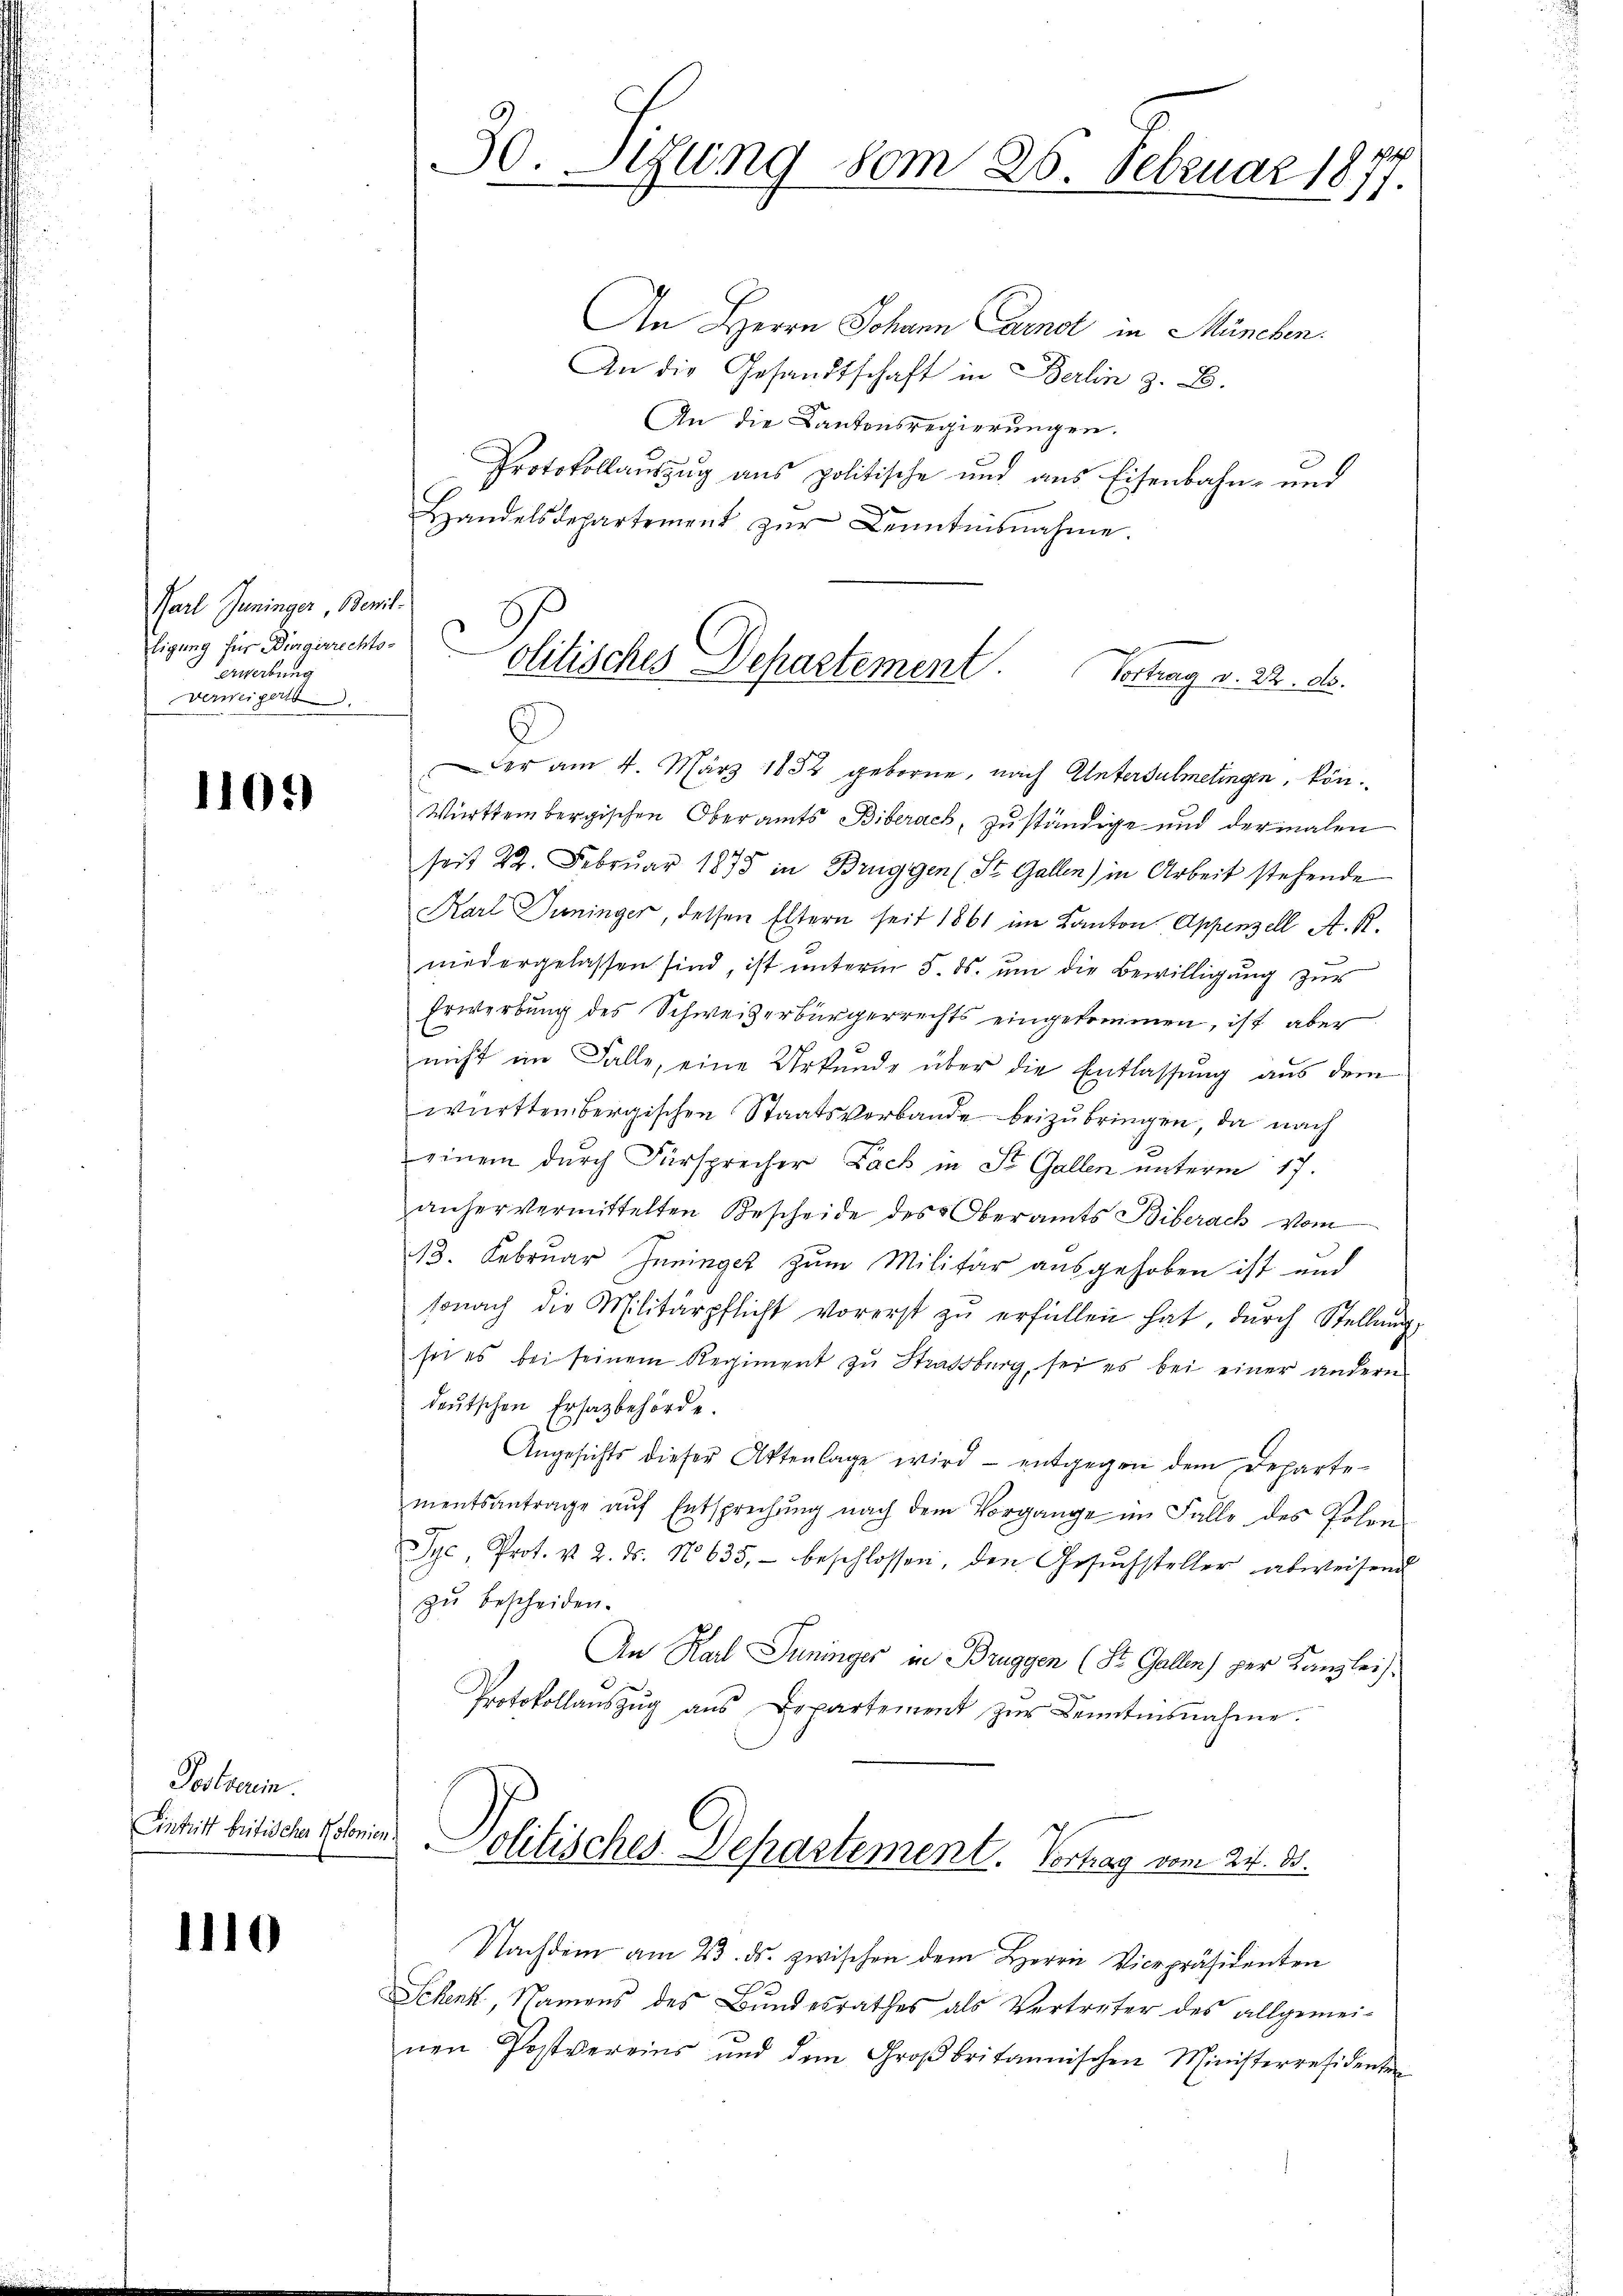
Parl Juninger, Bewilligung für Bürgerrechts-
Erwerbung
Verweigert.

1101)

Postgerin.
Eintritt britischer Notor

1110

30. Sizung vom 26. Februar 1877.

olitisches Departement.
Vortrag v. 22. ds.

An Herrn Johann Carnot in München.
An die Gesandtschaft in Berlin z. B.
An die Kantonsregierungen.
Protokollauszug aus politische und aus Eisenbahn- und
Handelsdepartement zŭr Kenntnisnahme.
e
er am 4. März 1882 geborne, nach Untersulmetingen, kön¬
Württembergischen Oberamts Biberach, zuständige und dermalen
seit 22. Februar 1875 in Bruggen (St. Gallen) in Arbeit stehende
Karl Juninger, dessen Eltern seit 1861 im Kanton Appenzell A. R.
niedergelassen sind, ist unterm 5. ds. ŭm die Bewilligung zur
Erwerbung des Schweizerbürgerrechts eingekommen, ist aber
nicht im Falle, eine Urkunde über die Entlassung aus dem
württembergischen Staatsverbande beizubringen, da nach
einem durch Fürsprecher Fach in St. Gallen unterm 17.
anher vermittelten Bescheide des Oberamts Biberach vom
13. Februar Juninger zum Militär ausgehoben ist und
sonach die Militärpflicht vorerst zŭ erfüllen hat, dŭrch Stellung
sei es bei seinem Regiment zu Strassburg, sei es bei einer andern
deŭtschen Ersatzbehörde.
Angesichts dieser Aktenlage wird - entgegen dem Departementsantrage aŭf Entsprechŭng nach dem Vorgange im Falle des Polen
Syc, Prot. u. 2. ds. No 635, beschlossen, den Gesŭchsteller abweisen
zu bescheiden.
An Karl Juninger in Bruggen (St. Gallen) per Kanzlei
Protokollaŭszŭg aŭs Departement zŭr Kenntnisnahme.
211
olitisches Departement. Vortrag vom 21. 85.

Nachdem am 23. ds. zwischen dem Herrn Vicepräsidenten
Schenk, Namens des Bundesrathes als Vertreter des allgemei-
nen Postvereins und dem Großbritannischen Ministerresidenten